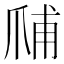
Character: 𱬺